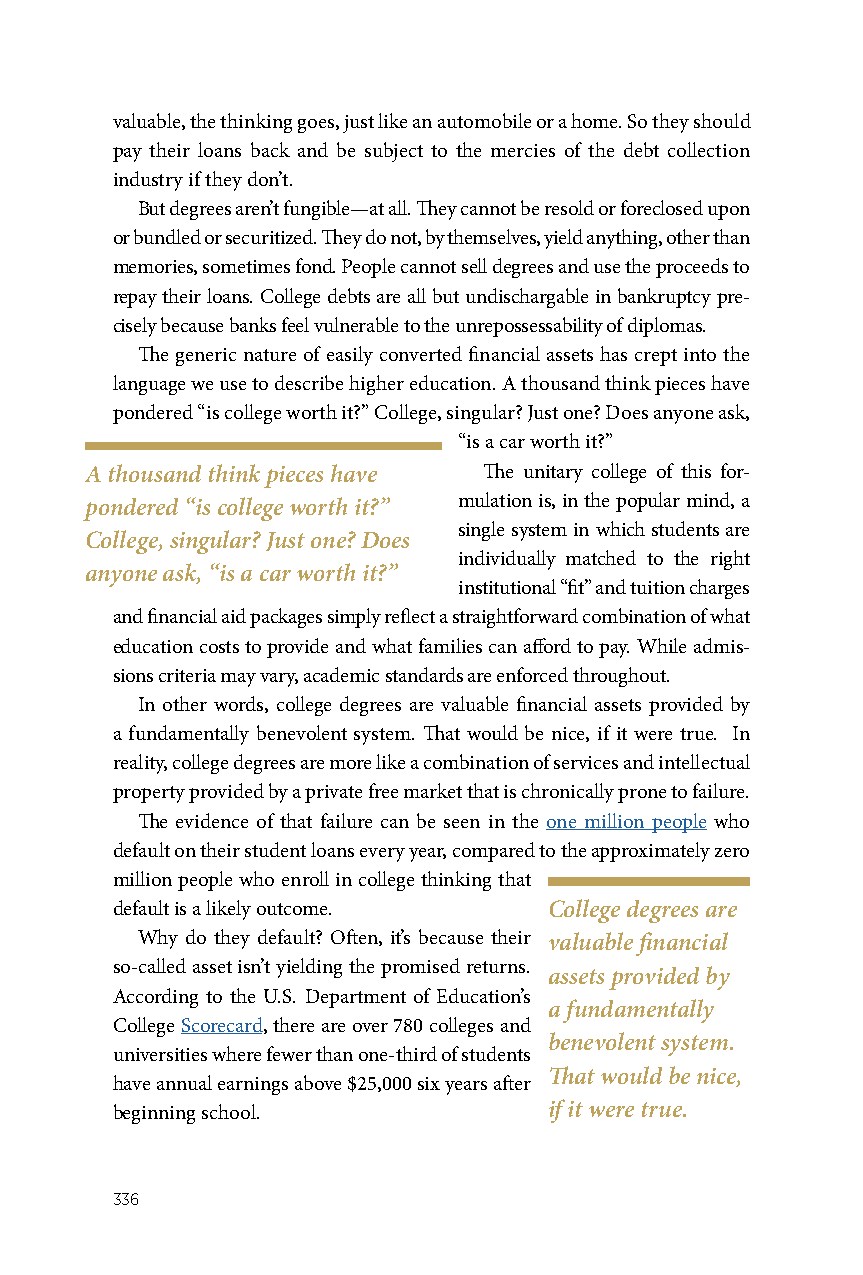
valuable, the thinking goes, just like an automobile or a home. So they should
 pay their loans back and be subject to the mercies of the debt collection
 industry if they don’t.
 But degrees aren’t fungible—at all. They cannot be resold or foreclosed upon
 or bundled or securitized. They do not, by themselves, yield anything, other than
 memories, sometimes fond. People cannot sell degrees and use the proceeds to
 repay their loans. College debts are all but undischargable in bankruptcy pre-
 cisely because banks feel vulnerable to the unrepossessability of diplomas.
 The generic nature of easily converted financial assets has crept into the
 language we use to describe higher education. A thousand think pieces have
 pondered “is college worth it?” College, singular? Just one? Does anyone ask,
 “is a car worth it?”
 A thousand think pieces have The unitary college of this for-
 pondered “is college worth it?” mulation is, in the popular mind, a
 single system in which students are
 College, singular? Just one? Does
 individually matched to the right
 anyone ask, “is a car worth it?”
 institutional “fit” and tuition charges
 and financial aid packages simply reflect a straightforward combination of what
 education costs to provide and what families can afford to pay. While admis-
 sions criteria may vary, academic standards are enforced throughout.
 In other words, college degrees are valuable financial assets provided by
 a fundamentally benevolent system. That would be nice, if it were true. In
 reality, college degrees are more like a combination of services and intellectual
 property provided by a private free market that is chronically prone to failure.
 The evidence of that failure can be seen in the one million people who
 default on their student loans every year, compared to the approximately zero
 million people who enroll in college thinking that
 default is a likely outcome. College degrees are
 Why do they default? Often, it’s because their valuable financial
 so-called asset isn’t yielding the promised returns.
 assets provided by
 According to the U.S. Department of Education’s
 a fundamentally
 College Scorecard, there are over 780 colleges and
 benevolent system.
 universities where fewer than one-third of students
 That would be nice,
 have annual earnings above $25,000 six years after
 beginning school.            if it were true.
 336